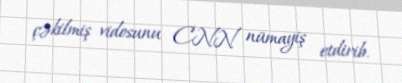
çəkilmiş vidosunu CNN nümayiş etdirib.